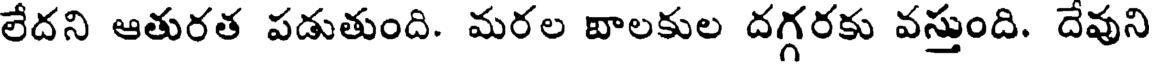
లేదని ఆతురత పడుతుంది. మరల బాలకుల దగ్గరకు వస్తుంది. దేవుని